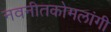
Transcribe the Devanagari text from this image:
नवनीतकोमलांगी